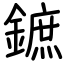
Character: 鏣